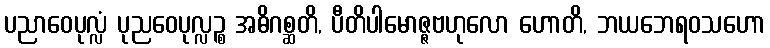
ပညာဝေပုလ္လံ ပုညဝေပုလ္လဉ္စ အဓိဂစ္ဆတိ, ပီတိပါမောဇ္ဇဗဟုလော ဟောတိ, ဘယဘေရဝသဟော